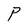
Character: P